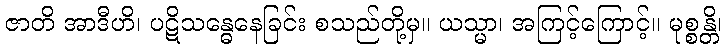
ဇာတိ အာဒီဟိ၊ ပဋိသန္ဓေနေခြင်း စသည်တို့မှ။ ယသ္မာ၊ အကြင့်ကြောင့်။ မုစ္စန္တိ၊